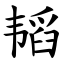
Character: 韬